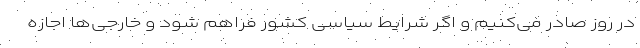
در روز صادر می‌کنیم و اگر شرایط سیاسی کشور فراهم شود و خارجی‌ها اجازه